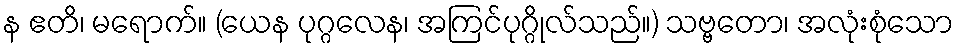
န ဧတိ၊ မရောက်။ (ယေန ပုဂ္ဂလေန၊ အကြင်ပုဂ္ဂိုလ်သည်။) သဗ္ဗတော၊ အလုံးစုံသော